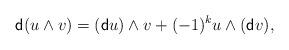
LaTeX: \begin{align*} {\sf d}(u\wedge v) = ({\sf d}u)\wedge v + (-1)^{k}u \wedge({\sf d} v), \end{align*}